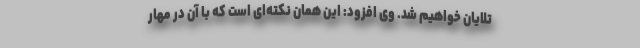
تلایان خواهیم شد. وی افزود: این همان نکته‌ای است که با آن در مهار